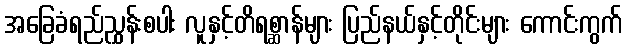
အခြေခံရည်ညွှန်းစပါး လူနှင့်တိရစ္ဆာန်များ ပြည်နယ်နှင့်တိုင်းများ ကောင်းကွက်